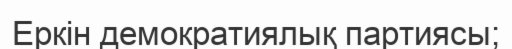
Еркін демократиялық партиясы;